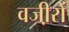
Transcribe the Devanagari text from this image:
वजी़रों